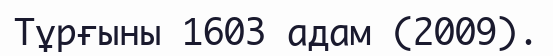
Тұрғыны 1603 адам (2009).